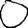
Digit: 0